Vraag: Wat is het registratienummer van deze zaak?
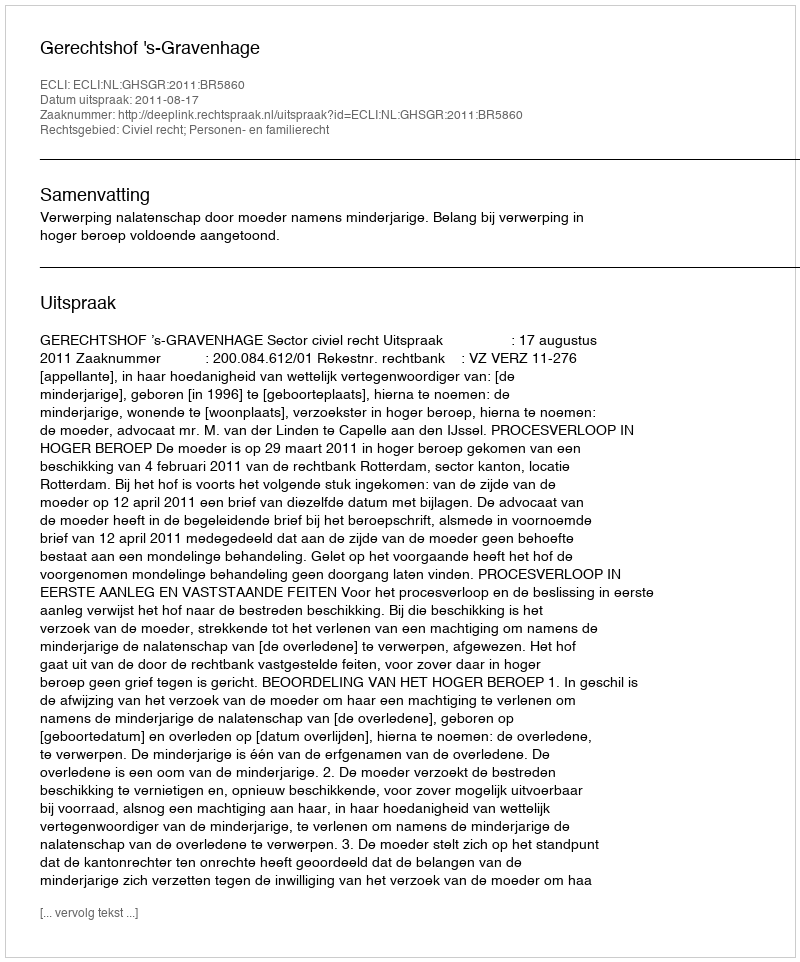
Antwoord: http://deeplink.rechtspraak.nl/uitspraak?id=ECLI:NL:GHSGR:2011:BR5860